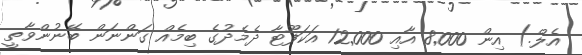
އެލް.) އިން 8